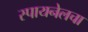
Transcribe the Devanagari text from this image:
स्पायनेलचा